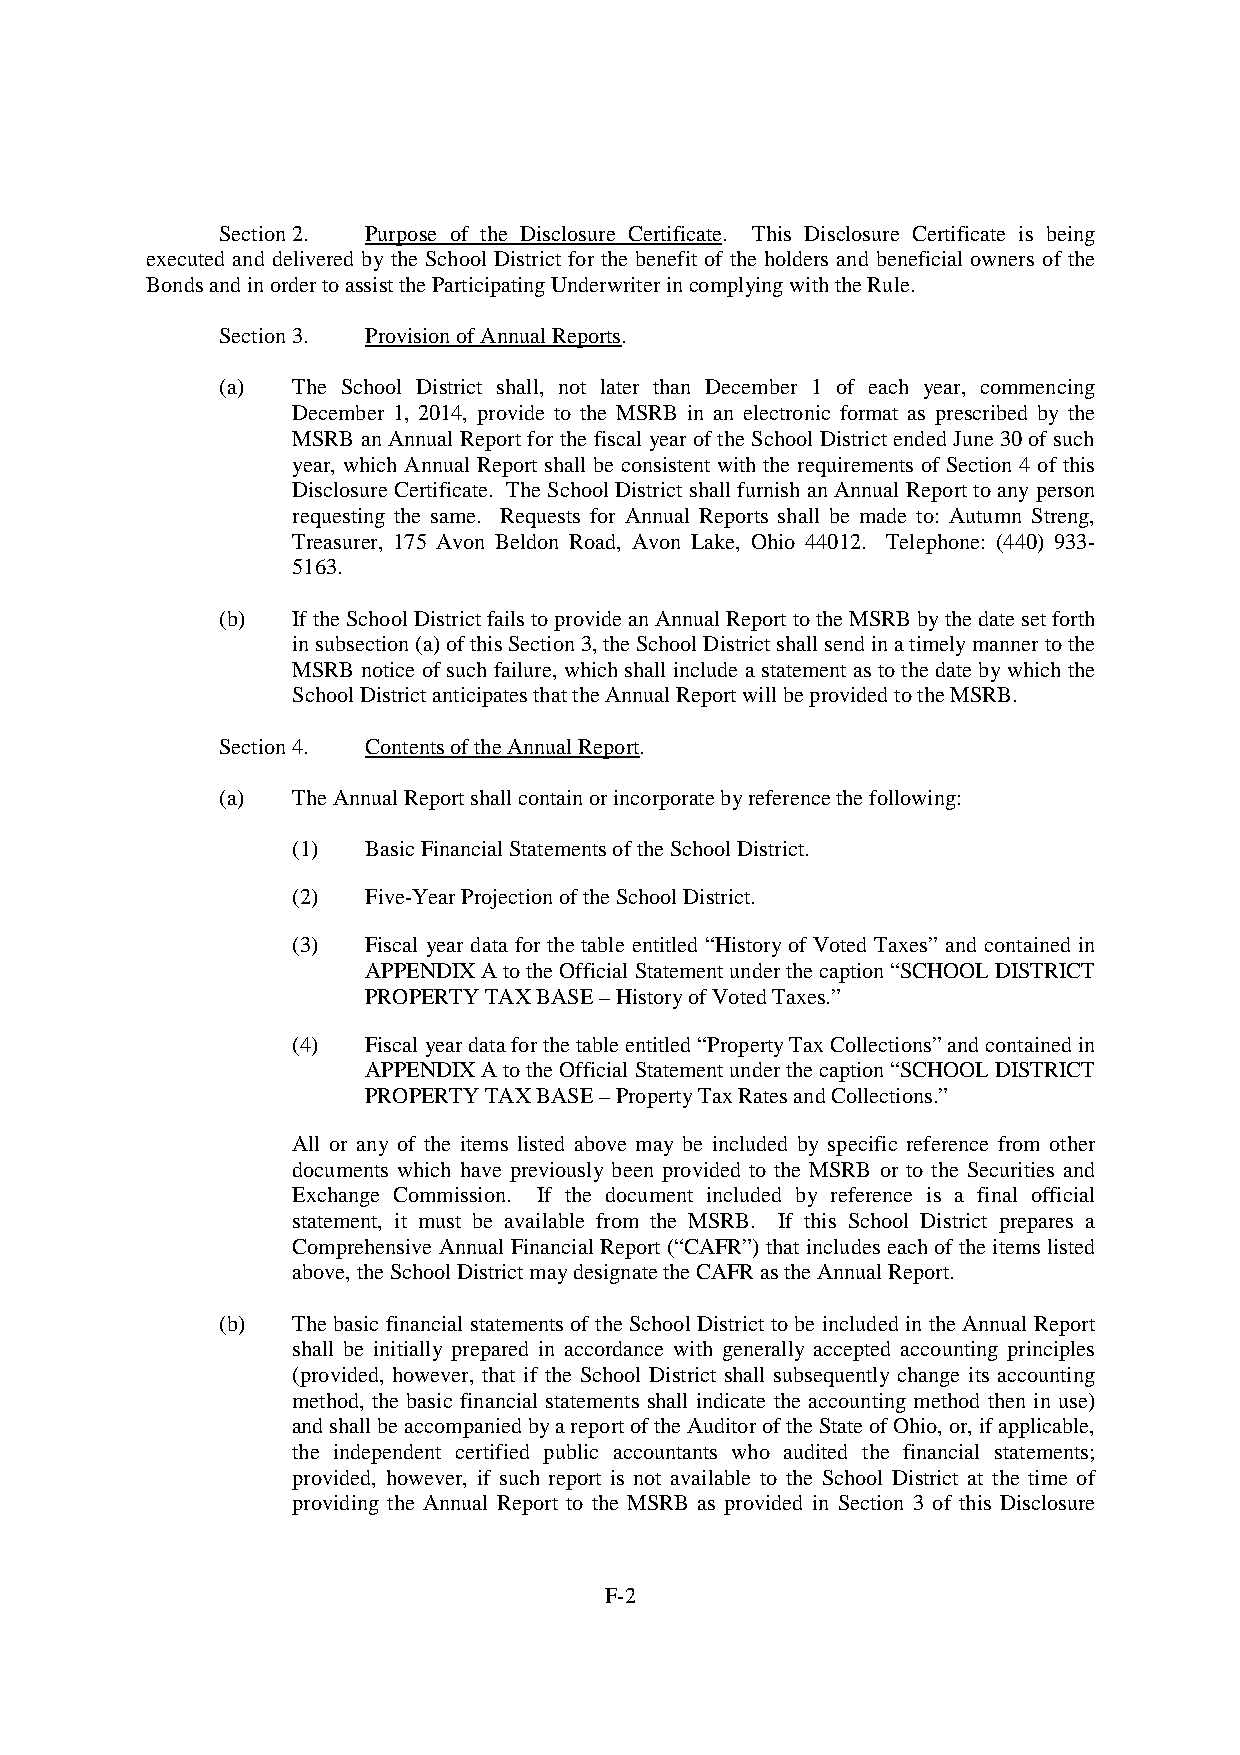
Section2. Purpose of the Disclosure Certificate. This Disclosure Certificate is being
 executed and delivered by the School District for the benefit of the holders and beneficial owners of the
 BondsandinordertoassisttheParticipatingUnderwriterincomplyingwiththeRule.
 Section3. ProvisionofAnnualReports.
 (a)  The School District shall, not later than December 1 of each year, commencing
 December 1, 2014, provide to the MSRB in an electronic format as prescribed by the
 MSRB an Annual Report for the fiscal year ofthe School District ended June 30of such
 year, which Annual Report shall be consistent with the requirements of Section 4 of this
 DisclosureCertificate. TheSchool District shall furnish an Annual Report to anyperson
 requesting the same. Requests for Annual Reports shall be made to: Autumn Streng,
 Treasurer, 175 Avon Beldon Road, Avon Lake, Ohio 44012. Telephone: (440) 933-
 5163.
 (b)  IftheSchoolDistrictfailstoprovideanAnnualReporttotheMSRBbythedatesetforth
 insubsection(a)ofthisSection3,theSchoolDistrictshallsendinatimelymannertothe
 MSRB notice ofsuch failure, which shall include a statement as tothe date bywhichthe
 SchoolDistrictanticipatesthattheAnnualReportwillbeprovidedtotheMSRB.
 Section4. ContentsoftheAnnualReport.
 (a)  TheAnnualReportshallcontainorincorporatebyreferencethefollowing:
 (1)  BasicFinancialStatementsoftheSchoolDistrict.
 (2)  Five-YearProjectionoftheSchoolDistrict.
 (3)  Fiscal year data for the table entitled “History of Voted Taxes” and contained in
 APPENDIXAtotheOfficialStatementunderthecaption“SCHOOLDISTRICT
 PROPERTYTAXBASE–HistoryofVotedTaxes.”
 (4)  Fiscalyeardataforthetableentitled“PropertyTaxCollections”andcontainedin
 APPENDIXAtotheOfficialStatementunderthecaption“SCHOOLDISTRICT
 PROPERTYTAXBASE–PropertyTaxRatesandCollections.”
 All or any of the items listed above may be included by specific reference from other
 documents which have previously been provided to the MSRB or to the Securities and
 Exchange Commission. If the document included by reference is a final official
 statement, it must be available from the MSRB. If this School District prepares a
 Comprehensive Annual FinancialReport (“CAFR”) that includeseachof theitems listed
 above,theSchoolDistrictmaydesignatetheCAFRastheAnnualReport.
 (b)  The basic financial statements of the School District to be includedin the Annual Report
 shall be initially prepared in accordance with generally accepted accounting principles
 (provided, however, that if the School District shall subsequently change its accounting
 method, the basic financial statements shall indicate the accounting method then in use)
 andshallbeaccompaniedbyareportoftheAuditoroftheStateofOhio,or,ifapplicable,
 the independent certified public accountants who audited the financial statements;
 provided, however, if such report is not available to the School District at the time of
 providing the Annual Report to the MSRB as provided in Section 3 of this Disclosure
 F-2